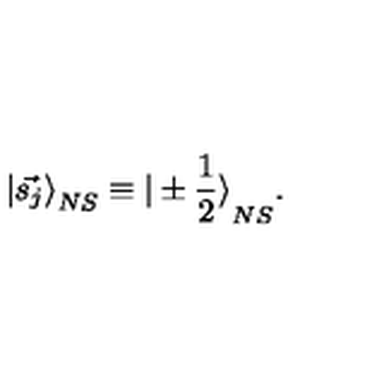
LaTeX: { \vert \vec { s _ { j } } \rangle } _ { N S } \equiv { \vert \pm \frac { 1 } { 2 } \rangle } _ { N S } .